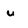
Character: u